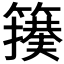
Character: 𮆢